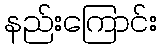
နည်းကြောင်း